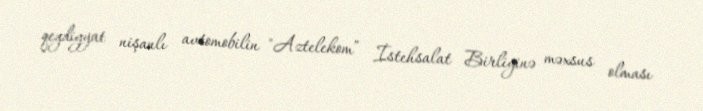
qeydiyyat nişanlı avtomobilin "Aztelekom” İstehsalat Birliyinə məxsus olması